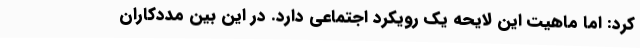
کرد: اما ماهیت این لایحه یک رویکرد اجتماعی دارد. در این بین مددکاران